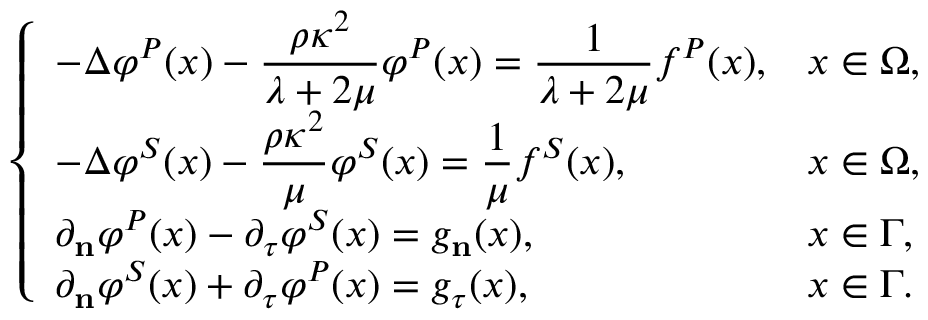
\left\{ \begin{array} { l l } { \displaystyle { - \Delta \varphi ^ { P } ( \boldsymbol { x } ) - \frac { \rho \kappa ^ { 2 } } { \lambda + 2 \mu } \varphi ^ { P } ( \boldsymbol { x } ) = \frac { 1 } { \lambda + 2 \mu } f ^ { P } ( \boldsymbol { x } ) } , } & { \boldsymbol { x } \in \Omega , } \\ { \displaystyle { - \Delta \varphi ^ { S } ( \boldsymbol { x } ) - \frac { \rho \kappa ^ { 2 } } { \mu } \varphi ^ { S } ( \boldsymbol { x } ) = \frac { 1 } { \mu } f ^ { S } ( \boldsymbol { x } ) } , } & { \boldsymbol { x } \in \Omega , } \\ { \partial _ { \mathbf { n } } \varphi ^ { P } ( \boldsymbol { x } ) - \partial _ { \boldsymbol { \tau } } \varphi ^ { S } ( \boldsymbol { x } ) = { g } _ { \mathbf { n } } ( \boldsymbol { x } ) , } & { \boldsymbol { x } \in \Gamma , } \\ { \partial _ { \mathbf { n } } \varphi ^ { S } ( \boldsymbol { x } ) + \partial _ { \boldsymbol { \tau } } \varphi ^ { P } ( \boldsymbol { x } ) = { g } _ { \boldsymbol { \tau } } ( \boldsymbol { x } ) , } & { \boldsymbol { x } \in \Gamma . } \end{array} \right.